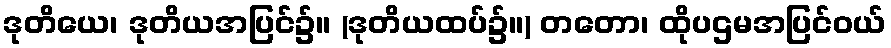
ဒုတိယေ၊ ဒုတိယအပြင်၌။ (ဒုတိယထပ်၌။) တတော၊ ထိုပဌမအပြင်ဝယ်